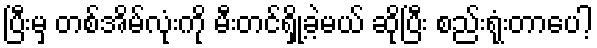
ပြီးမှ တစ်အိမ်လုံးကို မီးတင်ရှို့ခဲ့မယ် ဆိုပြီး စည်းရုံးတာပေါ့